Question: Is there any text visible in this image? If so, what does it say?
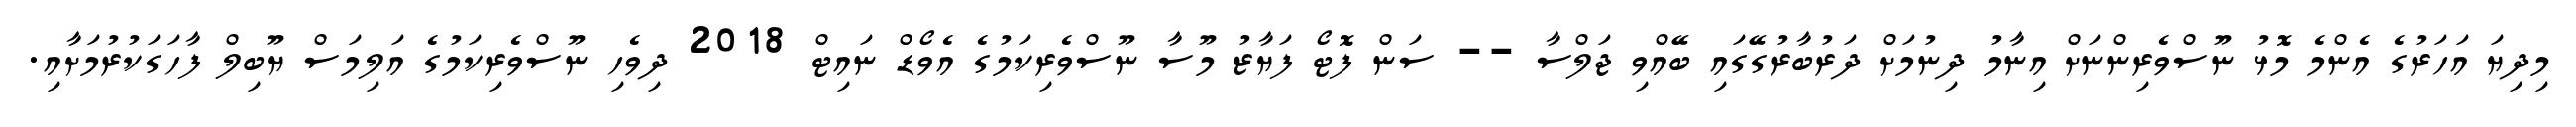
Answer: މިދިޔަ އަހަރުގެ އެންމެ މޮޅު ނޫސްވެރިންނަށް އިނާމު ދިނުމަށް ދަރުބާރުގޭގައި ބޭއްވި ޖަލްސާ -- ސަން ފޮޓޯ ފަޔާޒު މޫސާ ނޫސްވެރިކަމުގެ އެވޯޑް ނައިޓް 2018 ދިވެހި ނޫސްވެރިކަމުގެ އަލިމަސް ޔޫބިލް ފާހަގަކުރުމަށާއި.